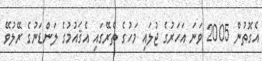
އެގޮތުން 2005 ވަނަ އަހަރުގެ ޖުލައި މަހުގެ ތެރޭގައި އެޤައުމުގެ ލަންޑަނުގެ ރޭލުވޭ